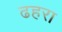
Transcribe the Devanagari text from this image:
ढहरा